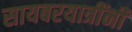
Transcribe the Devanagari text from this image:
सायबरयात्रींनी